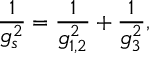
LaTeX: \frac { 1 } { g _ { s } ^ { 2 } } = \frac { 1 } { g _ { 1 , 2 } ^ { 2 } } + \frac { 1 } { g _ { 3 } ^ { 2 } } ,